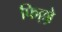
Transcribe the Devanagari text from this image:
फिल्लो